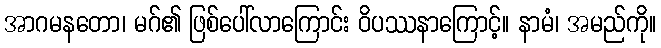
အာဂမနတော၊ မဂ်၏ ဖြစ်ပေါ်လာကြောင်း ဝိပဿနာကြောင့်။ နာမံ၊ အမည်ကို။